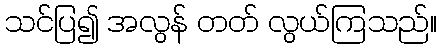
သင်ပြ၍ အလွန် တတ် လွယ်ကြသည်။